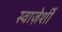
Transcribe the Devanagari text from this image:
स्वाज़ेर्शी